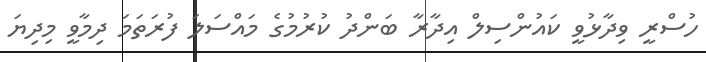
ހުސްރީ ވިދާޅުވީ ކައުންސިލް އިދާރާ ބަންދު ކުރުމުގެ މައްސަލަ ފުރަތަމަ ދިމާވީ މިދިޔަ